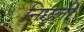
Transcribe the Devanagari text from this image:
निछ्ली